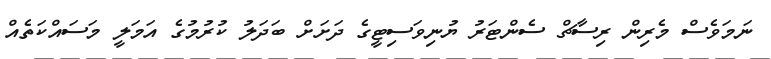
ނަމަވެސް މެރިން ރިސާޗް ސެންޓަރު ޔުނިވަސިޓީގެ ދަށަށް ބަދަލު ކުރުމުގެ އަމަލީ މަސައްކަތެއް